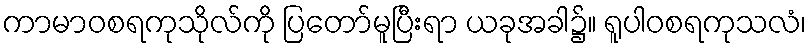
ကာမာဝစရကုသိုလ်ကို ပြတော်မူပြီးရာ ယခုအခါ၌။ ရူပါဝစရကုသလံ၊